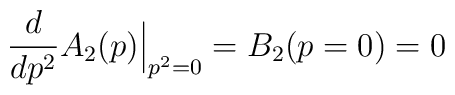
\frac{d}{dp^2} A_2 (p)\Big|_{p^2=0} = B_2 (p=0) = 0